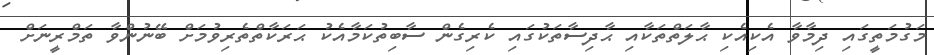
މަގުމަތީގައި ދިމާވާ އެކިއެކި ޙާލަތްތަކާއި ޙާދިސާތަކުގައި ކެރިގެން ސާބިތުކަމާއެކު ޙަރަކާތްތެރިވުމަށް ބޭނުންވާ ތަމްރީނަށް